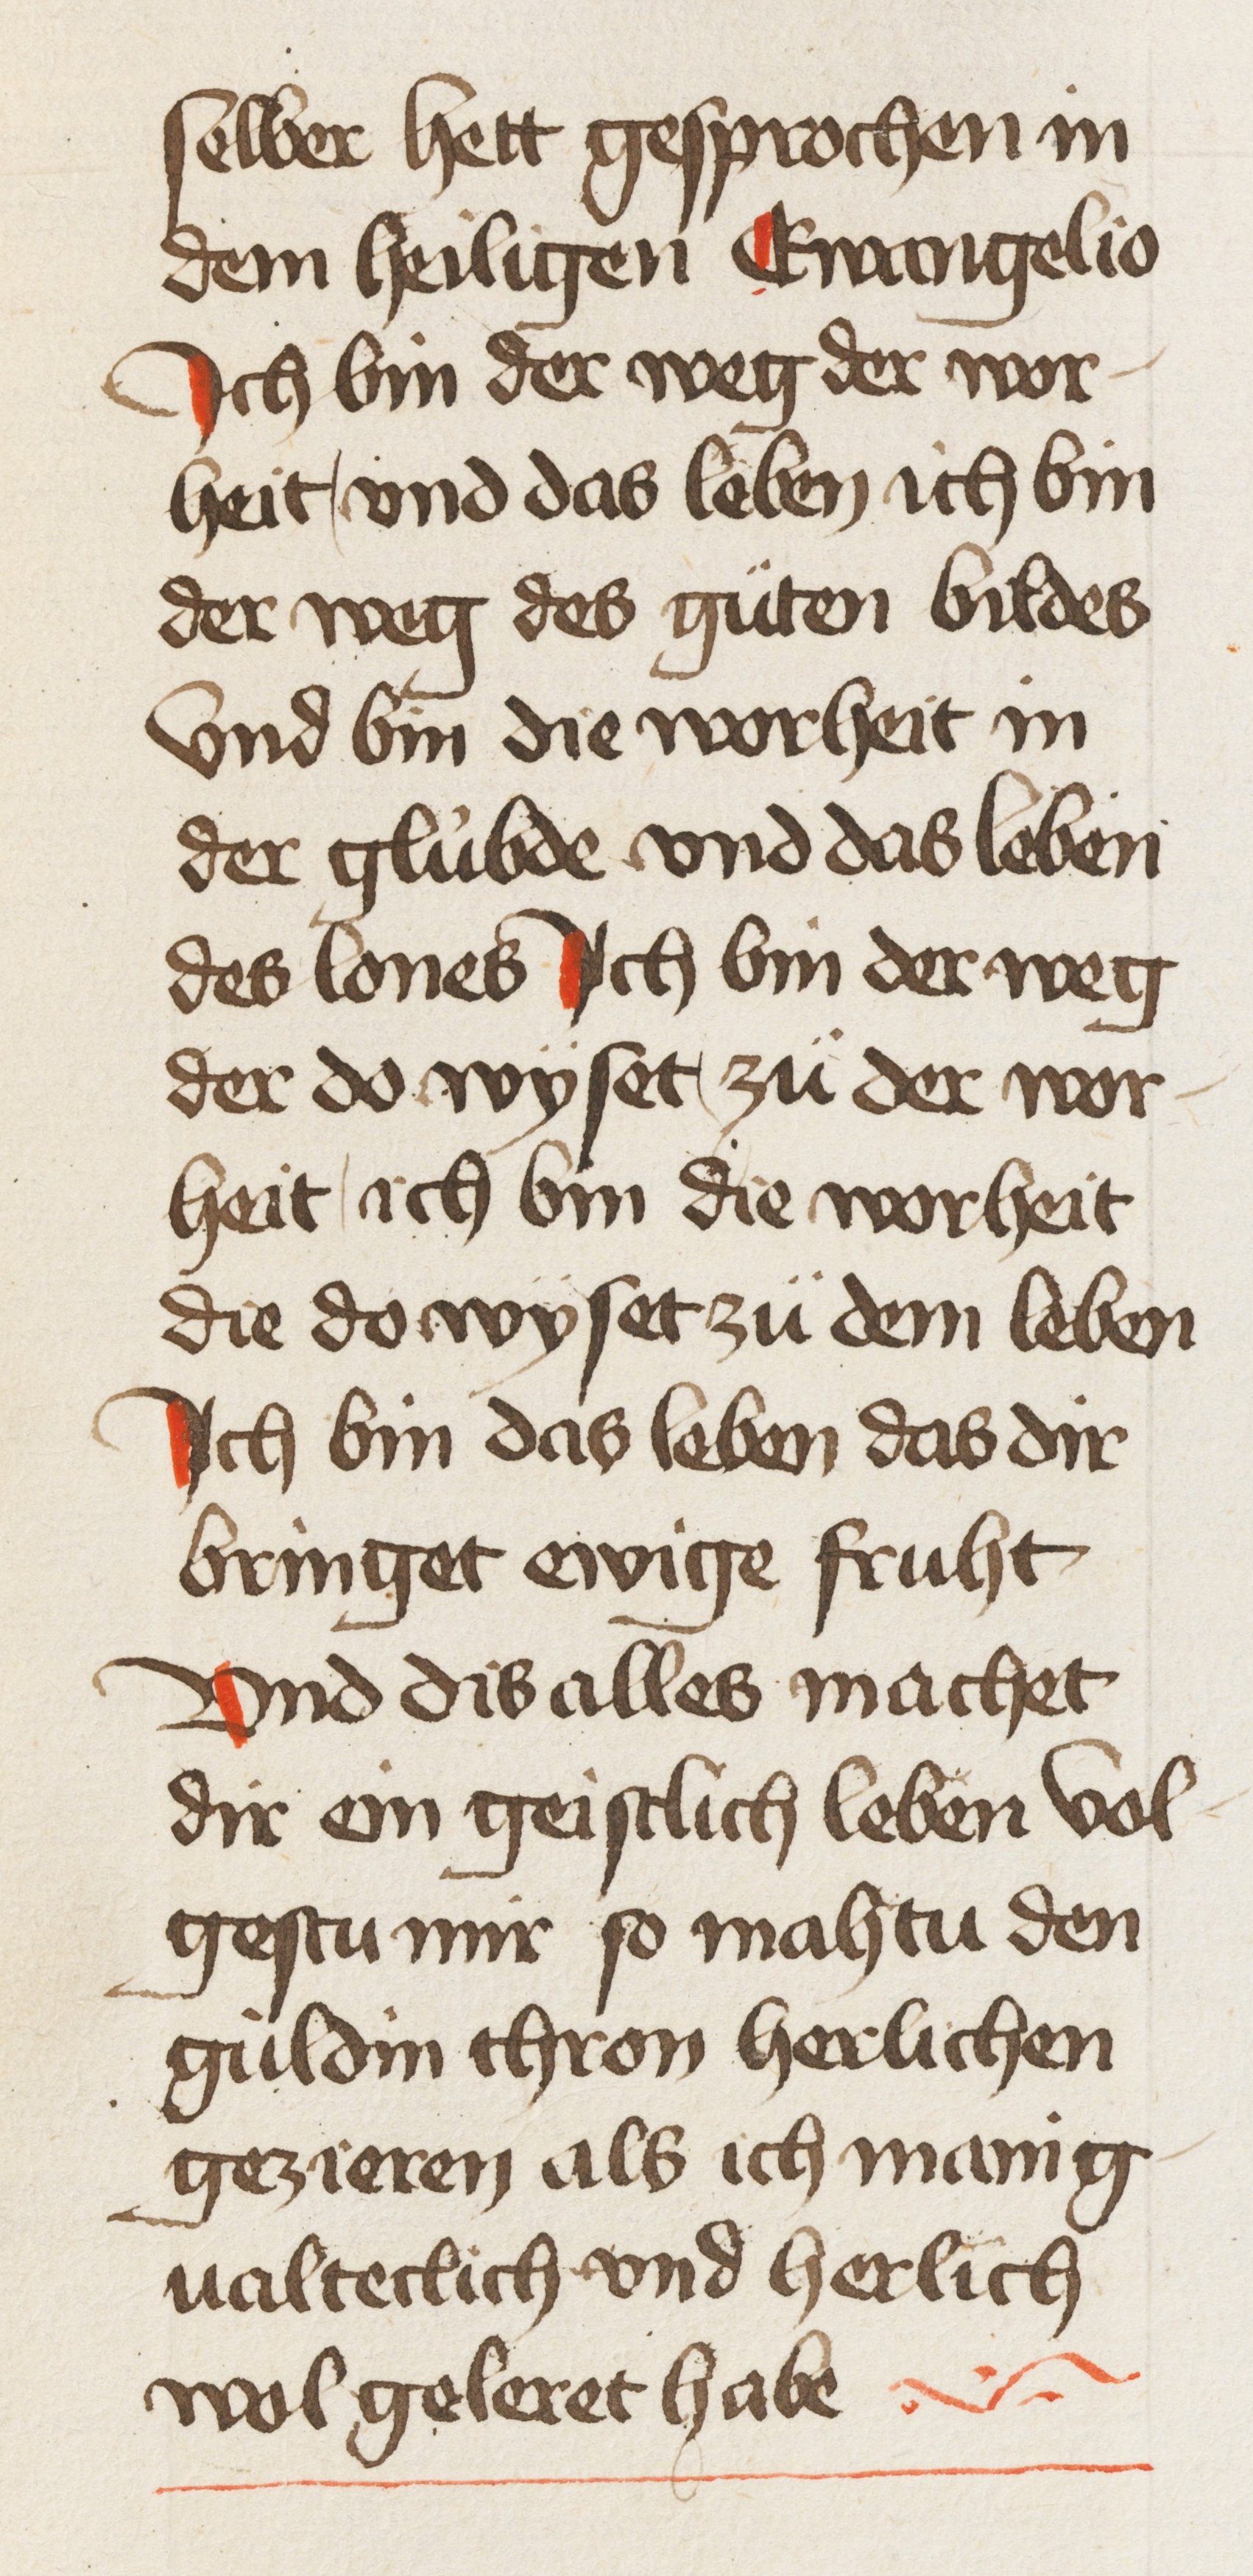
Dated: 1450–1499